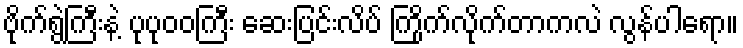
ဗိုက်ရွဲကြီးနဲ့ ပုပုဝဝကြီး ဆေးပြင်းလိပ် ကြိုက်လိုက်တာကလဲ လွန်ပါရော။